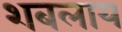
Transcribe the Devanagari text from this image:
शबलाय